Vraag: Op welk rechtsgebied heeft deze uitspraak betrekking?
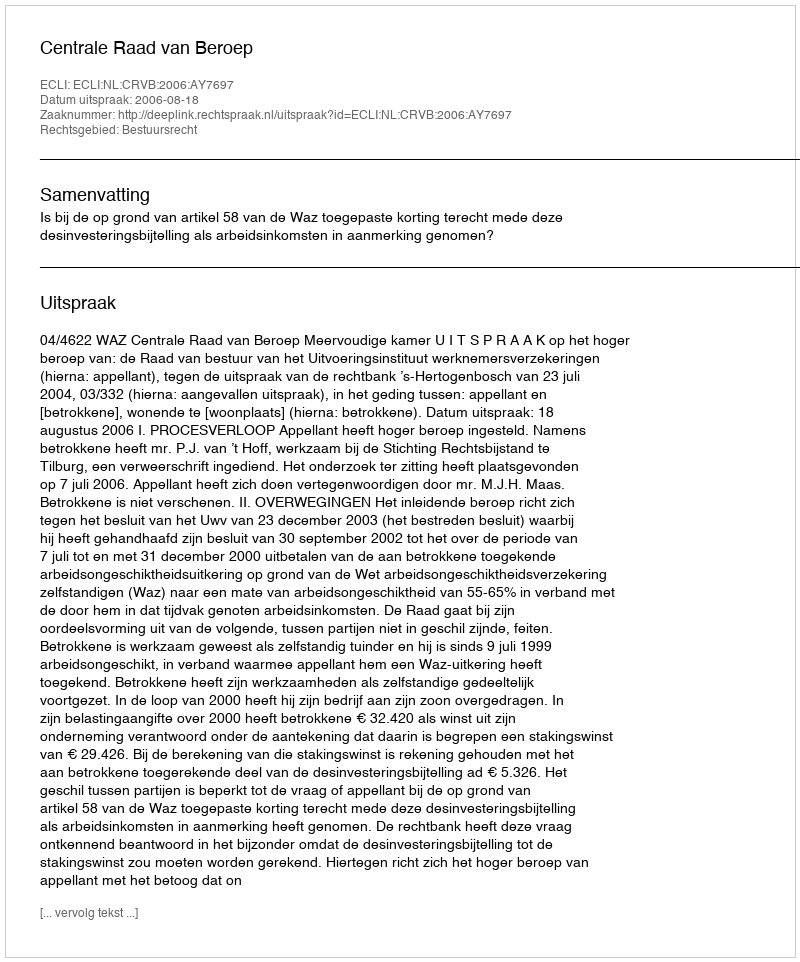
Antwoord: Bestuursrecht